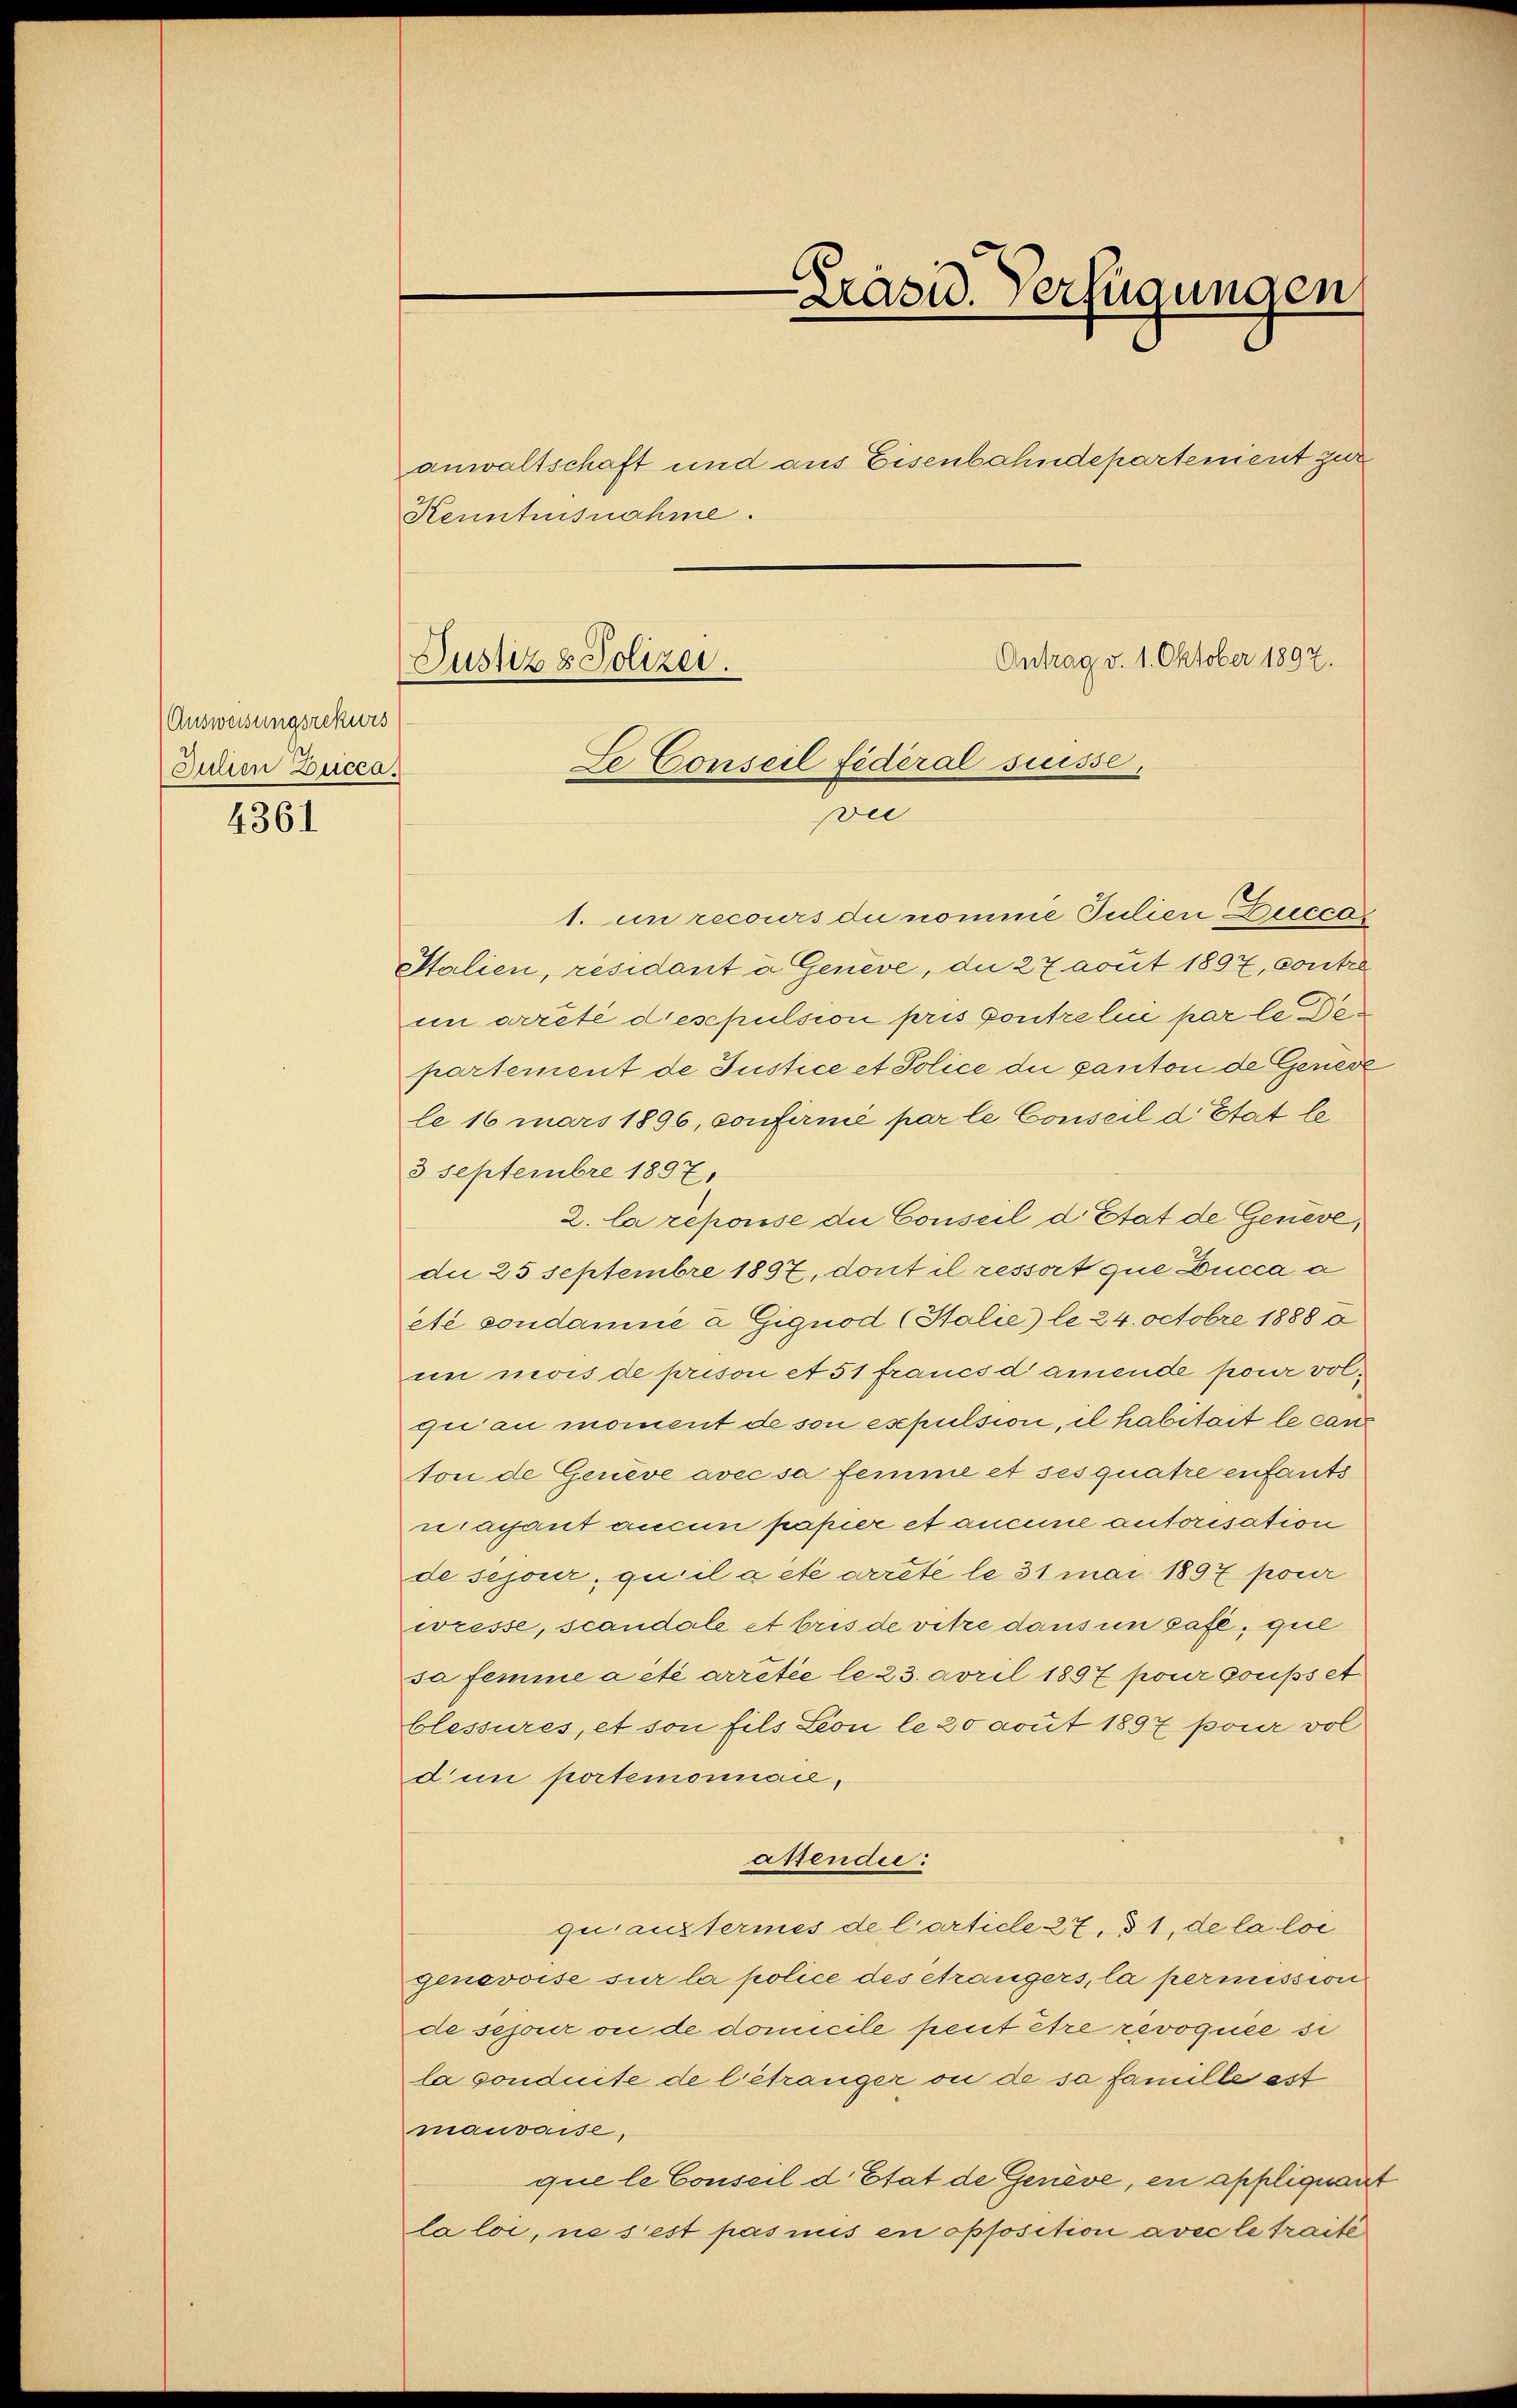
(Ausweisungsrekurs
Julien Zucca.

4361

Kenntnisnahme.
Antrag v. 1. Oktober 1897.
Justiz & Polizei.
Le Conseil fédéral suisse

Präsid. Verfügungen

anwaltschaft und aus Eisenbahndepartenient zur

Der

1. in recours du nomme Julien Duccas
Italien, residant à Genève, die 27 avut 1897, contre
in arrêté deschulsion pris Contre lei par le Den
partement de Justice et Police die ganton de Geneve
le 16 mars 1896, confirnié par le Conseil d Etat le
3 Septembre 1897.
2. la répouse die Conseil d. Etat de Genève,
die 25 Septembre 1897, dont il ressort que Lucca a
eté condamné à Gignod (Holie) le 24. Octobre 18880
un mois de prison et 51 francsdamende pour volqui au moment de son espulsion, il habitait le can
ton de Genève avec sa femme et ses quatre enfants
nacant aucun papier et aneine autorisation
de sejour, quilacte arrete le 31 mai 1897 pour
wresse, scandale et bris de vitre dans un safe, que
sa femme a été arrêtée le 23. April 1897 pour goups et
blessures, et son fils Leon le 20 aout 1897 pour vol
dum portemonnance,
assendie:
quantermes de l’article 227. 31, de la loi
genevoise sur la police des eträngers, la permission
de sejour ou de domicile peut être revoquée si
la conduite de betränger ou de sa famille est
mauvaise,
que le Conseil d. Etat de Genève, en appliquart
la loi, ne s’est pasmus en opfosition avec le traite